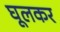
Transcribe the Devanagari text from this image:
घूलकर